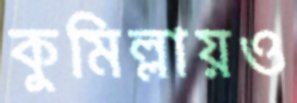
কুমিল্লায়ও